Scottish Leaving Certificate Examination, 1961
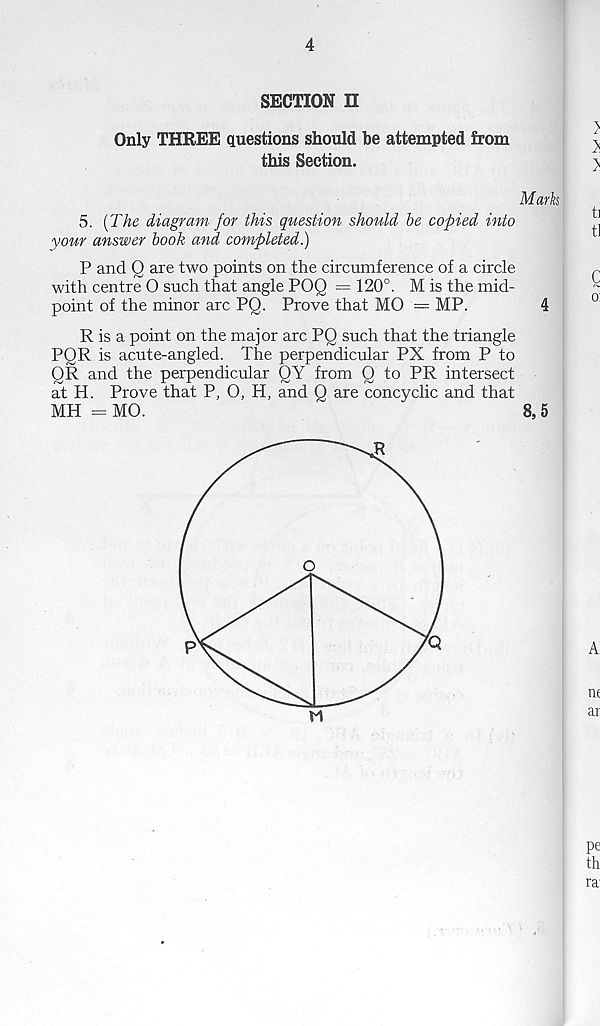
4
SECTION n
Only THREE questions should be attempted from
this Section.
Marks
5. [The diagram for this question should be copied into
your answer book and completed.)
P and Q are two points on the circumference of a circle
with centre O such that angle POQ = 120°. M is the mid-
point of the minor arc PQ. Prove that MO — MP.
4
R is a point on the major arc PQ such that the triangle
PQR is acute-angled. The perpendicular PX from P to
QR and the perpendicular QY from Q to PR intersect
at H. Prove that P, 0, H, and Q are concyclic and that
MH = MO.
8, 5